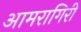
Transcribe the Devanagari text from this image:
आमरागिरी